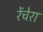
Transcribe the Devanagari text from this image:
रेंचेरा